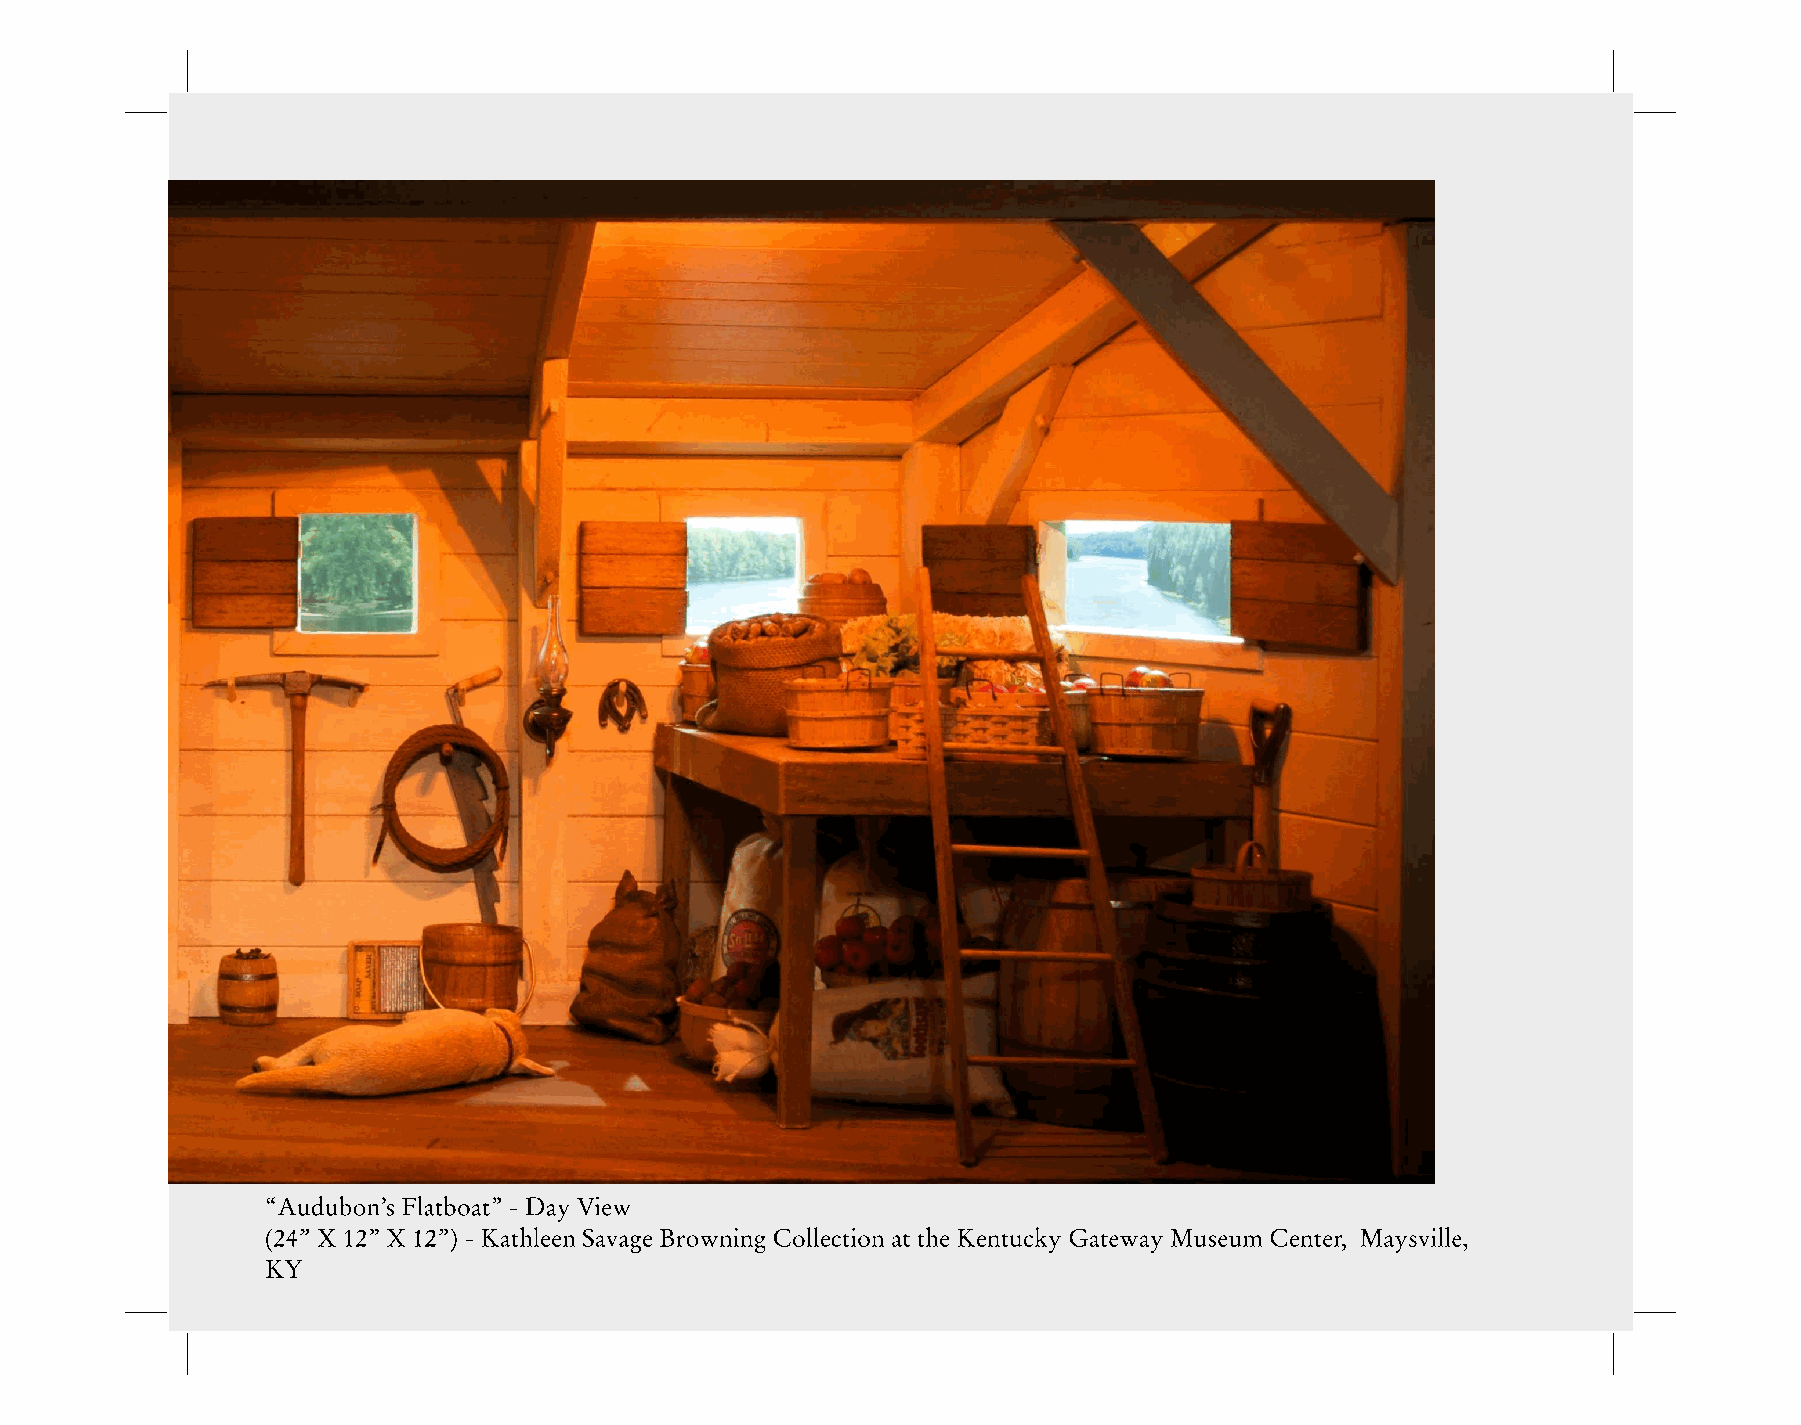
“Audubon’s Flatboat” - Day View
 (24” X 12” X 12”) - Kathleen Savage Browning Collection at the Kentucky Gateway Museum Center, Maysville,
 KY